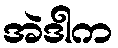
အဲဒါက